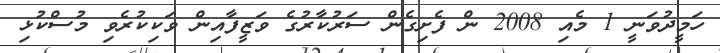
ހަމީދުވަނީ 1 މެއި 2008 ން ފެށިގެން ސަރުކާރުގެ ވަޒީފާއިން ވަކިކުރެވި މުސްކުޅި